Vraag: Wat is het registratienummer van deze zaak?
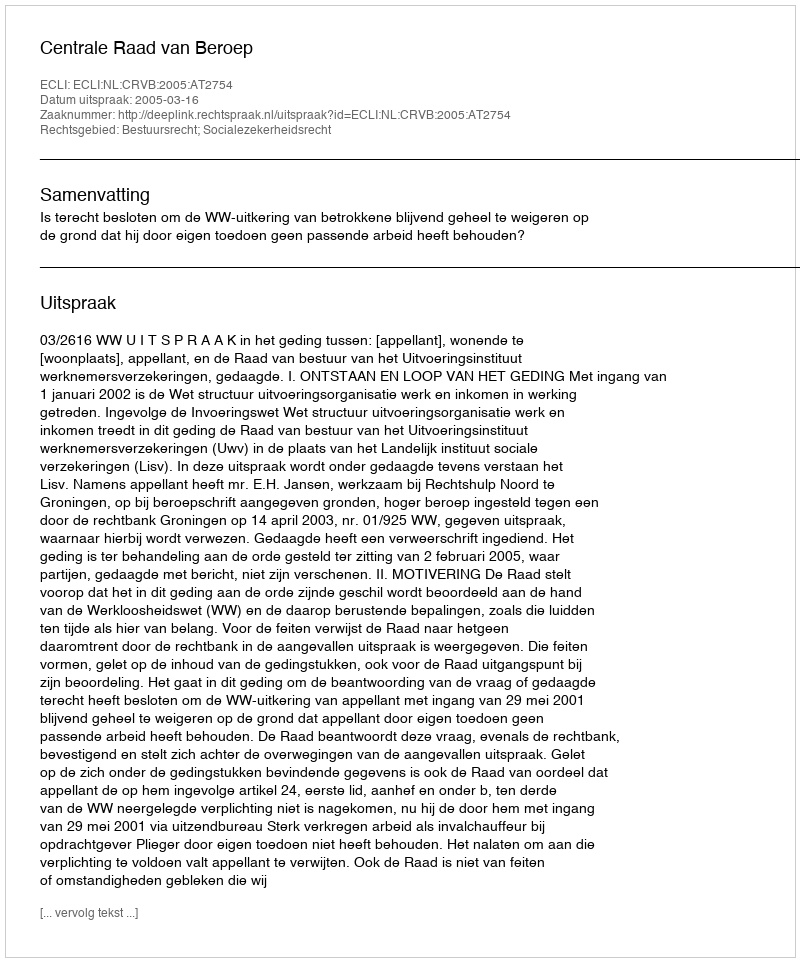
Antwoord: http://deeplink.rechtspraak.nl/uitspraak?id=ECLI:NL:CRVB:2005:AT2754